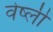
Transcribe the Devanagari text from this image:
वेष्ली